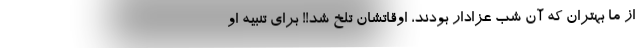
از ما بهتران كه آن شب عزادار بودند، اوقاتشان تلخ شد!! برای تنبیه او